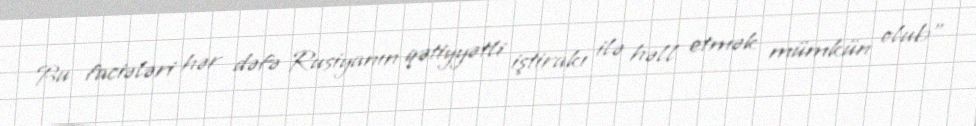
Bu faciələri hər dəfə Rusiyanın qətiyyətli iştirakı ilə həll etmək mümkün olub”